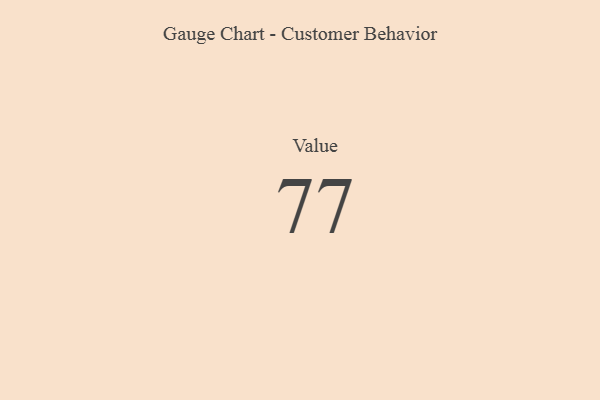
{"axis": {"x": "Metric", "y": "Value"}, "legend": [""], "data": [{"x": "Value", "y": 77, "type": ""}]}